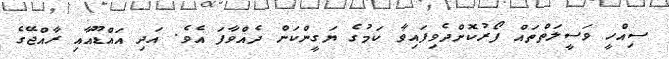
ސިއްހީ ވަސީލަތްތައް ފޯރުކޮށްދެވިފައިވާ ކަމުގެ ޔަގީންކަން ދެއްވާފަ އެވެ. އަދި އައްޑޫއާއި ރާއްޖޭގެ